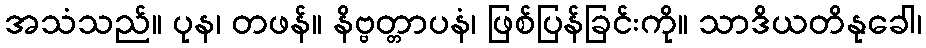
အသံသည်။ ပုန၊ တဖန်။ နိဗ္ဗတ္တာပနံ၊ ဖြစ်ပြန်ခြင်းကို။ သာဒိယတိနုခေါ၊